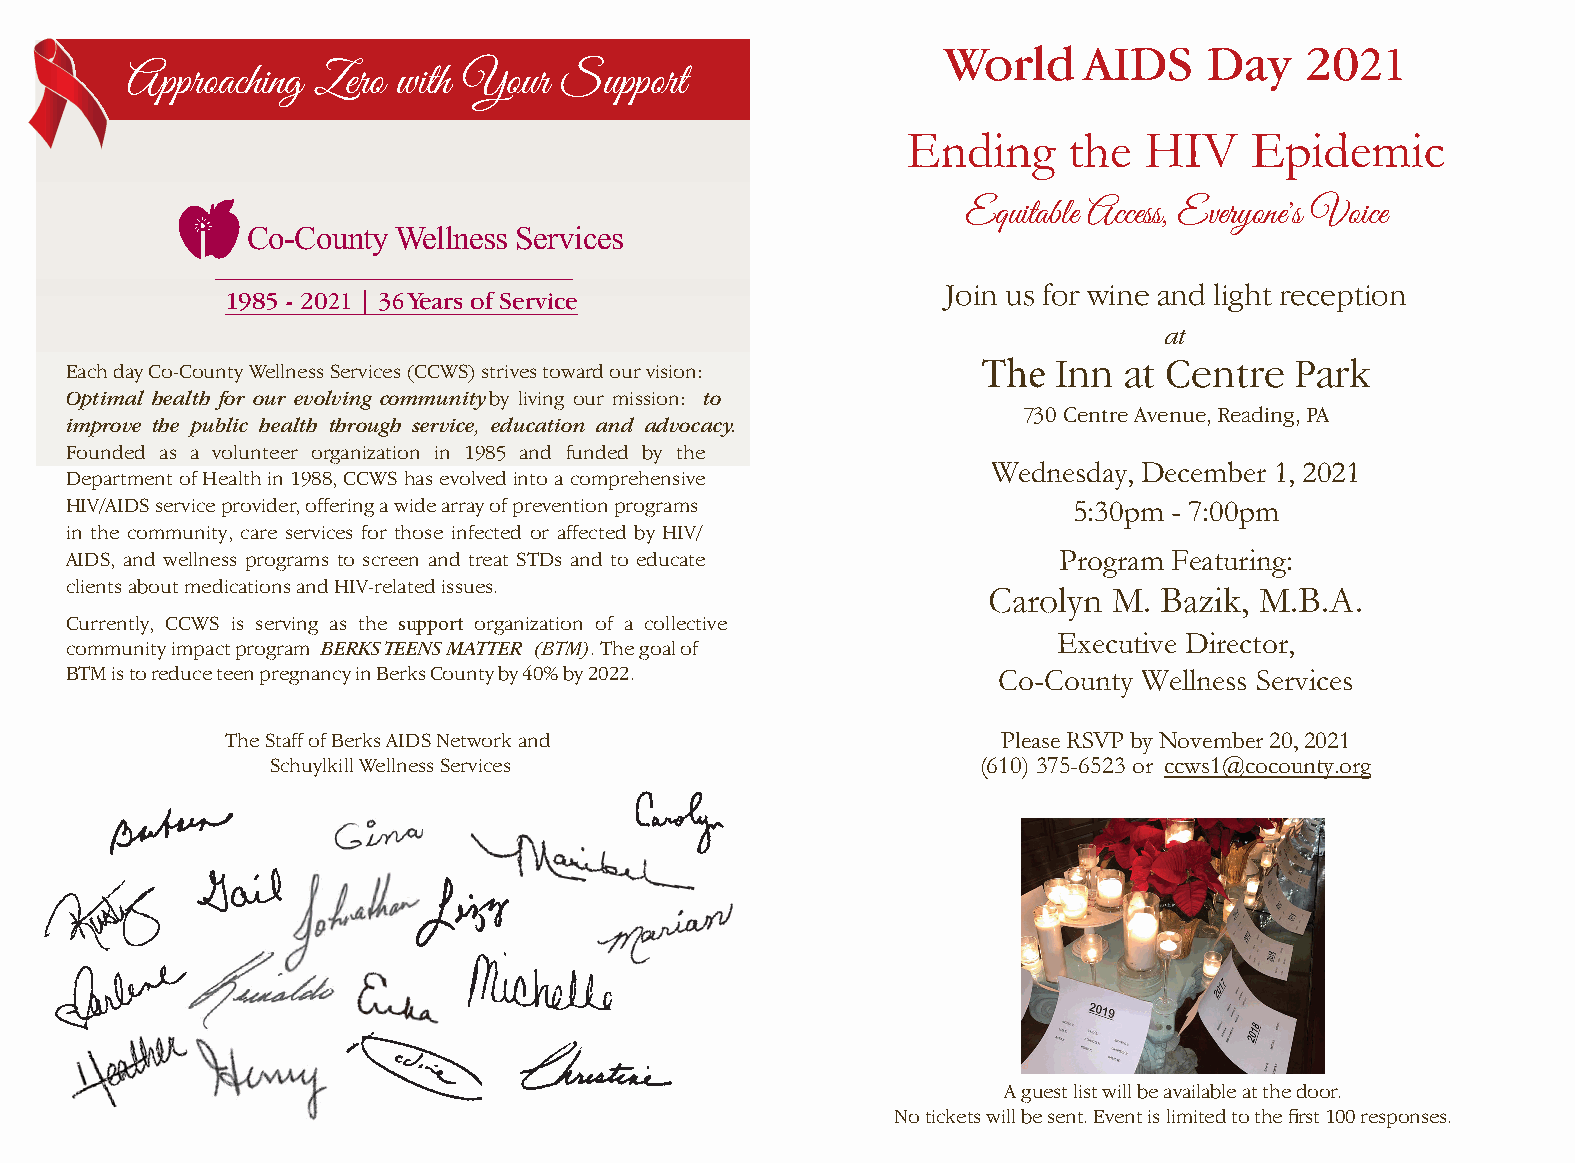
World    AIDS    Day   2021
 Approaching  Zero with Your  Support
 Ending     the  HIV    Epidemic
 Equitable Access, Everyone's Voice
 Co-County Wellness Services
 Join us for wine and light reception
 1985 - 2021 | 36 Years of Service
 at
 Each day Co-County Wellness Services (CCWS) strives toward our vision: The Inn at Centre Park
 Optimal health for our evolving community by living our mission: to
 730 Centre Avenue, Reading, PA
 improve the public health through service, education and advocacy.
 Founded as a volunteer organization in 1985 and funded by the
 Wednesday, December 1, 2021
 Department of Health in 1988, CCWS has evolved into a comprehensive
 HIV/AIDS service provider, offering a wide array of prevention programs 5:30pm - 7:00pm
 in the community, care services for those infected or affected by HIV/
 AIDS, and wellness programs to screen and treat STDs and to educate Program Featuring:
 clients about medications and HIV-related issues.
 Carolyn  M. Bazik, M.B.A.
 Currently, CCWS is serving as the support organization of a collective
 Executive Director,
 community impact program BERKS TEENS MATTER (BTM). The goal of
 BTM is to reduce teen pregnancy in Berks County by 40% by 2022. Co-County Wellness Services
 The Staff of Berks AIDS Network and                Please RSVP by November 20, 2021
 Schuylkill Wellness Services                   (610) 375-6523 or ccws1@cocounty.org
 We are grateful to Fraser
 for their generous support
 Fraser
 A guest list will be available at the door.
 No tickets will be sent. Event is limited to the fi rst 100 responses.